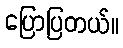
ပြောပြတယ်။